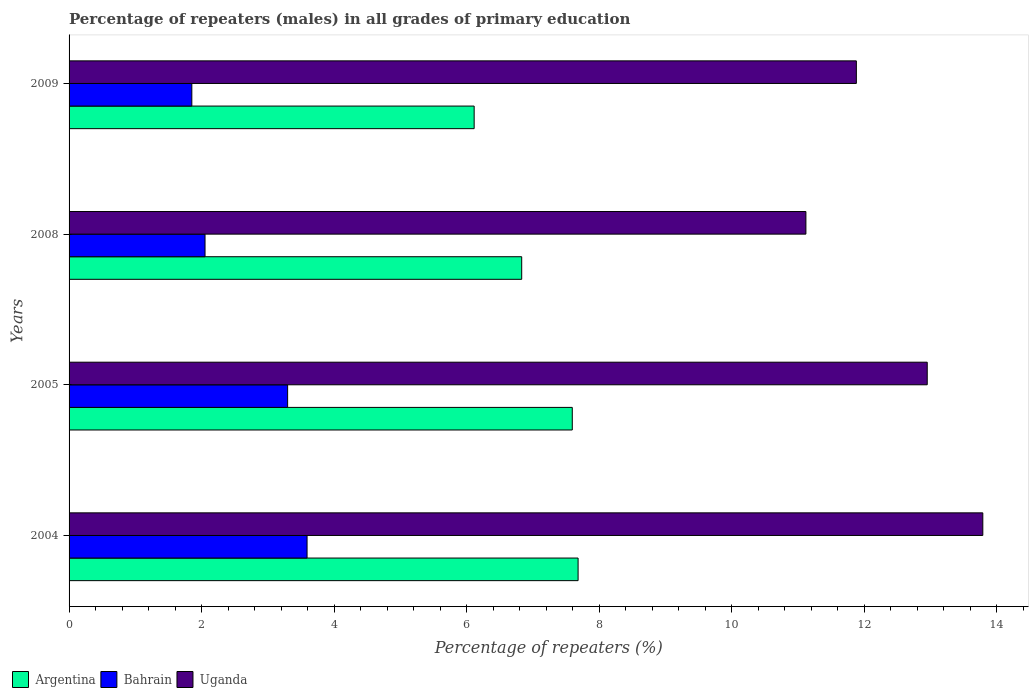
| Years | Argentina | Bahrain | Uganda |
 | --- | --- | --- | --- |
 | 2004 | 7.68 | 3.59 | 13.8 |
 | 2005 | 7.59 | 3.3 | 13 |
 | 2008 | 6.83 | 2.05 | 11.1 |
 | 2009 | 6.11 | 1.85 | 11.9 |